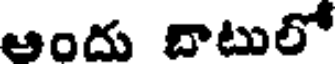
ఆందు బాటులో